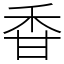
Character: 𥞌